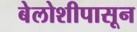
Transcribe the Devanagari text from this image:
बेलोशीपासून